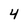
Character: 4